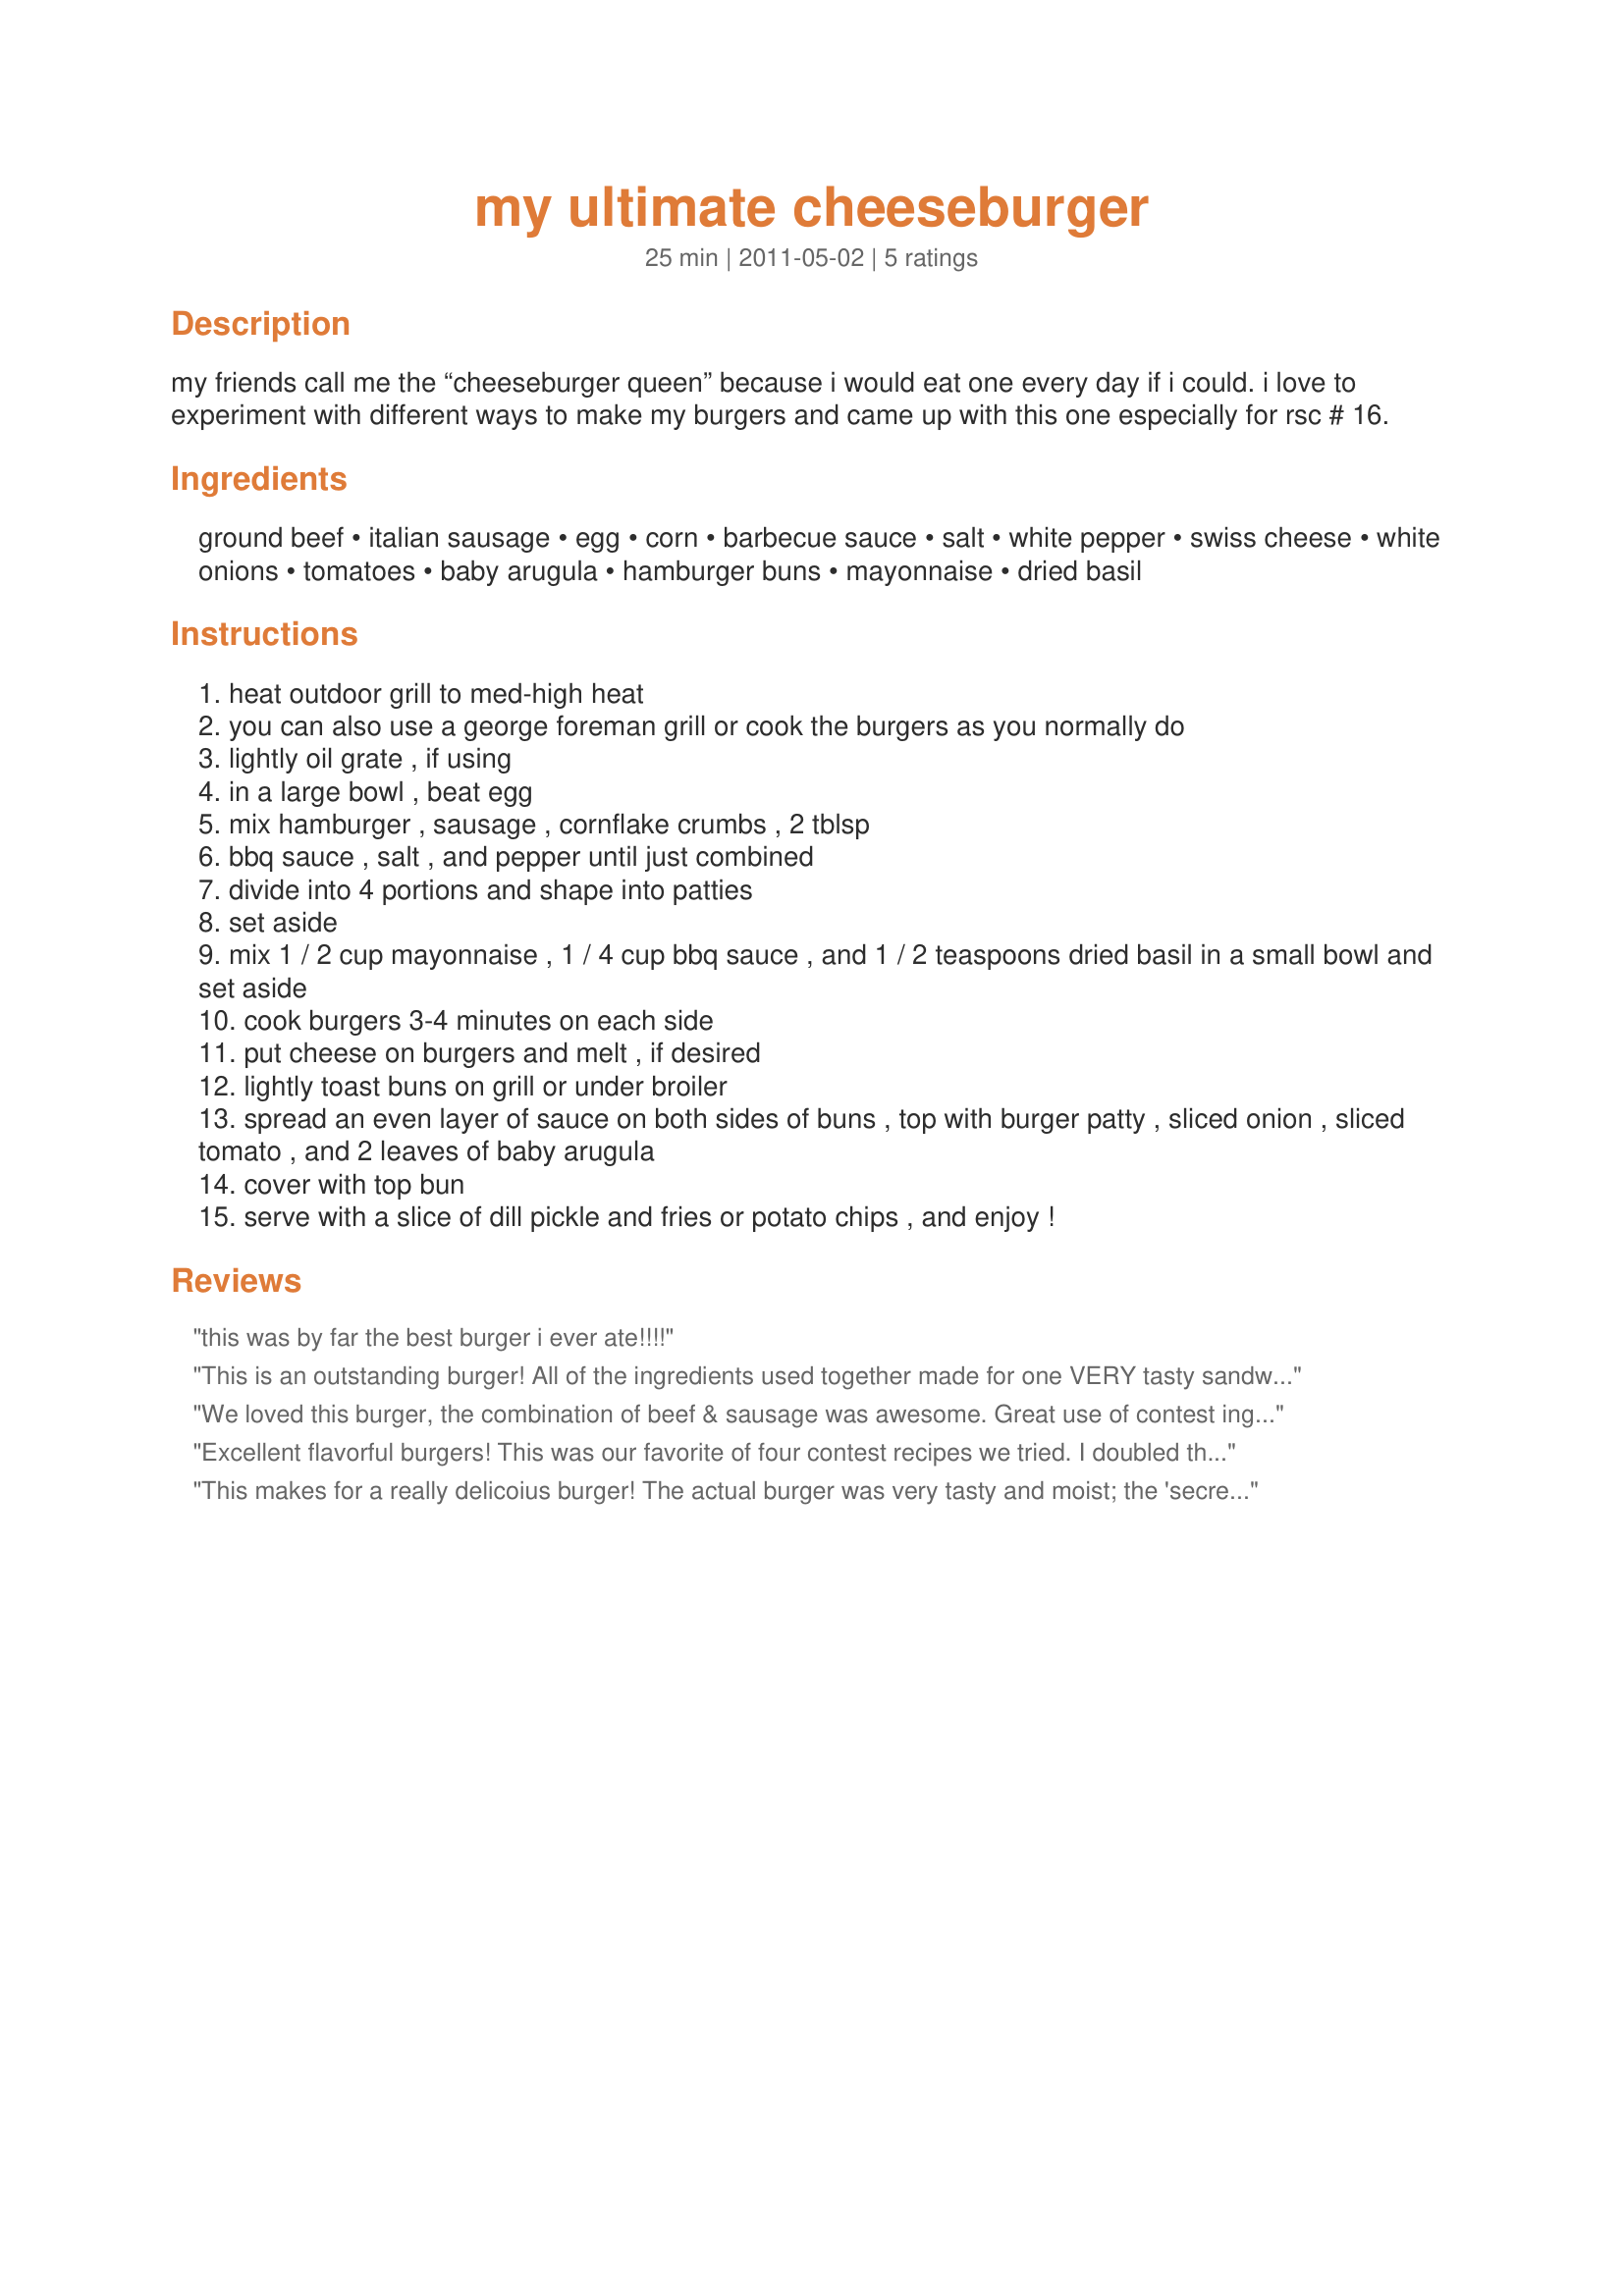
my ultimate cheeseburger
Preparation time: 25 minutes

my friends call me the “cheeseburger queen” because i would eat one every day if i could. i love to experiment with different ways to make my burgers and came up with this one especially for rsc # 16.

Ingredients:
ground beef, italian sausage, egg, corn, barbecue sauce, salt, white pepper, swiss cheese, white onions, tomatoes, baby arugula, hamburger buns, mayonnaise, dried basil

Steps:
heat outdoor grill to med-high heat
you can also use a george foreman grill or cook the burgers as you normally do
lightly oil grate , if using
in a large bowl , beat egg
mix hamburger , sausage , cornflake crumbs , 2 tblsp
bbq sauce , salt , and pepper until just combined
divide into 4 portions and shape into patties
set aside
mix 1 / 2 cup mayonnaise , 1 / 4 cup bbq sauce , and 1 / 2 teaspoons dried basil in a small bowl and set aside
cook burgers 3-4 minutes on each side
put cheese on burgers and melt , if desired
lightly toast buns on grill or under broiler
spread an even layer of sauce on both sides of buns , top with burger patty , sliced onion , sliced tomato , and 2 leaves of baby arugula
cover with top bun
serve with a slice of dill pickle and fries or potato chips , and enjoy !

Reviews:
this was by far the best burger i ever ate!!!!
This is an outstanding burger! All of the ingredients used together made for one VERY tasty sandwich. The sauce is wonderful. Excellent entry!
We loved this burger, the combination of beef & sausage was awesome. Great use of contest ingredients. Good Luck in the Contest. The garnishes were perfect and complimented one another perfectly, the swiss cheese, sweet onion, fresh tomatoe and the arugala tasted amazing with the burger. For me, the sauce was the crowning glory, I loved how it brought all the ingredients together. I will definitely be making this again.
Excellent flavorful burgers! This was our favorite of four contest recipes we tried. I doubled the recipe using mild Italian sausage and Sweet Baby Ray's original barbecue sauce. I was wary about the white pepper amount but it was great. I also wondered about the cornflakes in it but they did give it a pleasant crunch throughout and helped hold it together. I made 6 larger burgers out of the mix. The texture was very wet and I wondered if they would fall apart on the grill but they held together. We had some trouble with our charcoal barbecue...we had to put the burgers back on the grill because they weren't cooked in the middle and I wanted them cooked through because of the pork in them but they already had cheese on them so the underside got blackened...this was completely our fault though and the burgers still tasted great despite it. The sauce was good and I loved the arugula on it...I did put a pile of arugula not just 2 measly leaves. I wonder why you didn't use the contest ingredient sweet onion instead of white onion it would have went well with the other flavors. All in all this was a darn good burger that my Hubby and I loved. Excellent job and good luck in the contest.
This makes for a really delicoius burger! The actual burger was very tasty and moist; the 'secret' sauce wonderful; and toasting the bun and adding all the fixins made it burger perfection! My family loved this burger and I know I'll be making it again. Thanks.
